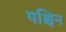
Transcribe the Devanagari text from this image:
पश्चिन